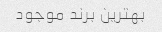
بهترین برند موجود